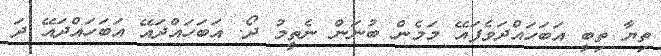
ތިޔާ ތިބީ އަބަހައްދަވެފައޭ މަމެން ބުނަން ނެތީމު ދޯ. އަބަހައްދައޭ އަބަހައްދައޭ ދަ